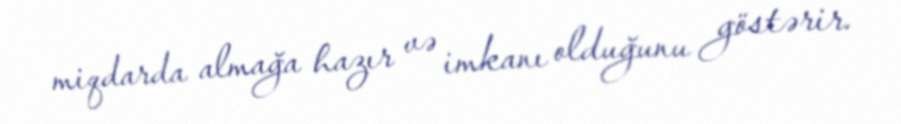
miqdarda almağa hazır və imkanı olduğunu göstərir.